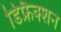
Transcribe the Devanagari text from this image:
डिफ्रैक्शन